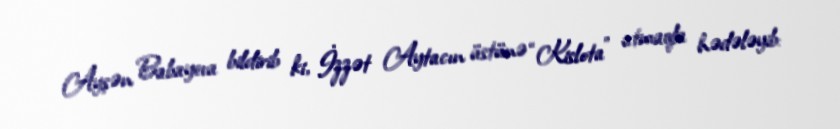
Ayşən Babayeva bildirib ki, İzzət Aytacın üstünə “Kislota” atmaqla hədələyib: